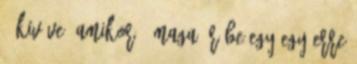
– kivéve, amikor ő maga ír be egy-egy erre